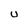
Character: u